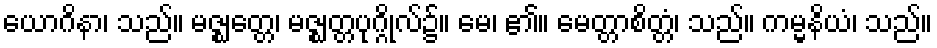
ယောဂိနာ၊ သည်။ မဇ္ဈတ္တေ၊ မဇ္ဈတ္တပုဂ္ဂိုလ်၌။ မေ၊ ၏။ မေတ္တာစိတ္တံ၊ သည်။ ကမ္မနိယံ၊ သည်။